ELKNU_Viljandimaa_Komitee, lk 4
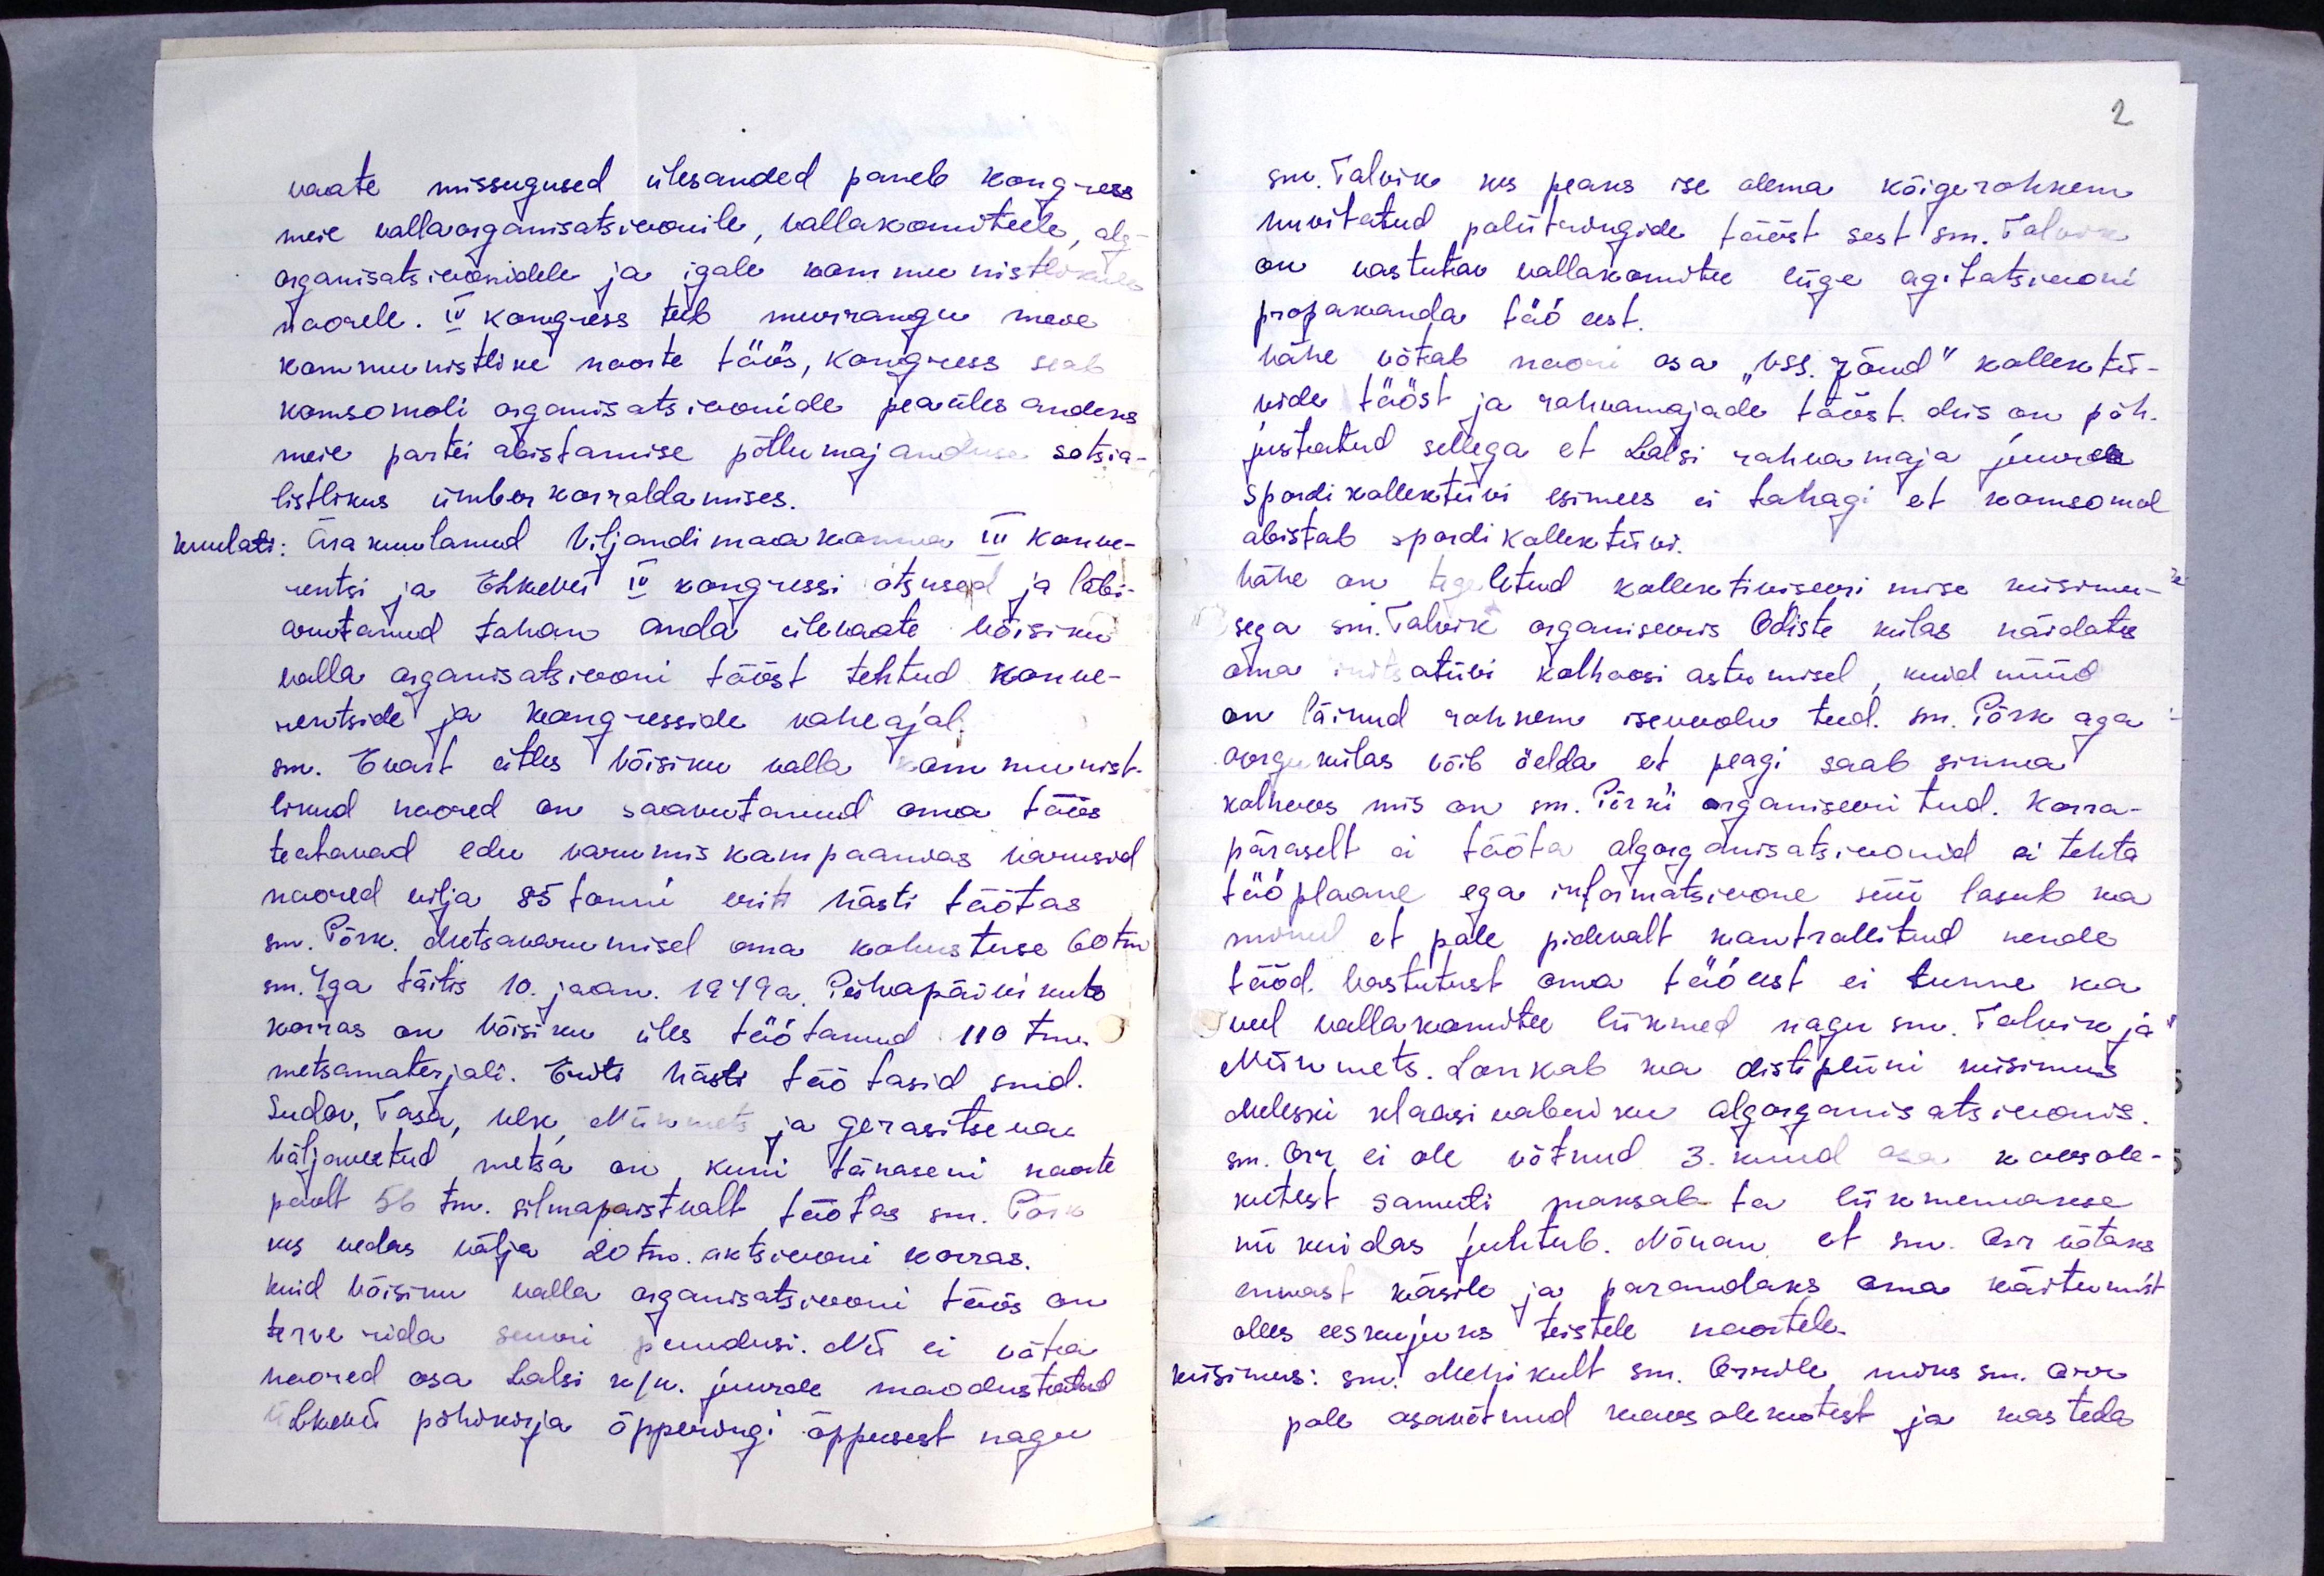
2

vaate missugused ülesanded paneb kongress
meie vallaorganisatsioonile, vallakomiteele, alg-
organisatsioonidele ja igale kommunistlikule
Noorele. IV kongress teeb murrangu meie
kommunistlike noorte töös, kongress seab
komsomoli organisatsioonide peaülesandeks
meie partei abistamise põllumajanduse sotsia-
listlikus ümberkorraldamises.
kuulati: Ära kuulanud Viljandimaakonnas III konve-
rentsi ja ELKNÜ IV kongressi otsused ja läbi-
asutanud tahan anda ülewaate Võisiku
valla organisatsiooni tööst tehtud konve-
rentside ja kongresside vaheajal.
sm. Evart ütles Võisiku valla kommunist-
likud noored on saavutanud oma töös
teatavad edu varumiskampaanias varusid
noored vilja 85 tonni eriti hästi töötas
sm. Põrk. Metsavarumisel oma kohustuse 60 tm
sm. Iga täitis 10. jaan. 1949a. Pühapäevikute
korras on Võisiku üles töötanud 110 tm
metsamaterjali. Eriti hästi töötasid smd.
Sudov, Tasa, Ulk Niikmets ja Gerasitseva
Väljaveetud metsa on kuni tänaseni noorte
poolt 56 tm. silmapaistvalt töötas sm. Pärn
kes vedas välja 20 tm. aktsiooni korras.
kuid Võisiku valla organisatsiooni töös on
terve rida suuri puudusi. Nii ei võta
noored osa Lalsi k/n. juurde moodustatud
LKNÜ põhikirja õpperingi õppusest nagu

sm. Talviko kes peaks ise olema kõigerohkem
huvitatud poliitringide tööst sest sm. Talviko
on vastutav vallakomitee liige agitatsiooni
propakanda töö eest.
Vähe võtab noori osa "VSS. Jõud" kollektii-
vide tööst ja rahvamajade tööst mis on põh-
justatud sellega et Lalsi rahvamaja juurde
Spordikollektiivi esimees ei tahagi et komsomol
abistab spordi kollektiivi.
Vähe on tegeletud kollektiviseerimise küsimu-
sega sm. Talvik organiseeris Odiste külas näidates
oma initsiatiivi kolhoosi astumisel kuid nüüd
on läinud rohkem isevoolu teed. sm. Põrk aga
asu külas võib öelda, et peagi saab sinna
kolhoos mis on sm. Põrk'i organiseeritud. Korra-
päraselt ei tööta algorganisatsioonid ei tehta
tööplaane ega informatsioone süü lasub ka
minul et pole pidevalt kontrollitud nende
tööd. Vastutust oma töö eest ei tunne ka
veel vallakomitee liikmed nagu sm. Talvik ja
Miinmets. Lonkab ka distsipliini küsimus
Meleski klaasi vabriku algorganisatsioonis.
sm. Orr, ei ole võtnud 3. kuud osa koosole-
kutest samuti maksab ta liikmemakse
nii kuidas juhtub. Nõuan, et sm. Orr. võtaks
ennast käsile ja parandaks oma käitumist
olles eeskujuks teistele noortele.
küsimus: sm. Mehrikult sm. Orrile, miks sm. Orr
pole osavõtnud koosolekutest ja kas teda